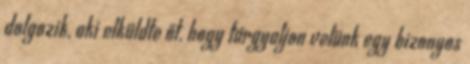
dolgozik, aki elküldte őt, hogy tárgyaljon velünk egy bizonyos